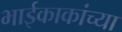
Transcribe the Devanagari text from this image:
भाईकाकांच्या